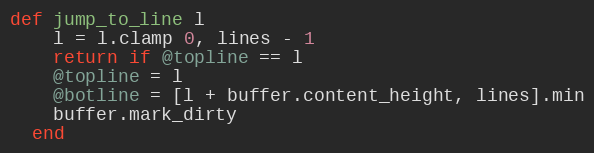
Language: Ruby
def jump_to_line l
    l = l.clamp 0, lines - 1
    return if @topline == l
    @topline = l
    @botline = [l + buffer.content_height, lines].min
    buffer.mark_dirty
  end